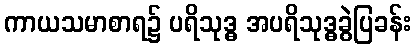
ကာယသမာစာရ၌ ပရိသုဒ္ဓ အပရိသုဒ္ဓခွဲပြခန်း